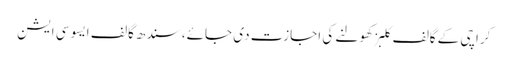
کراچی کے گالف کلبز کھولنے کی اجازت دی جائے، سندھ گالف ایسوسی ایشن